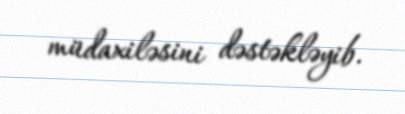
müdaxiləsini dəstəkləyib.